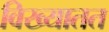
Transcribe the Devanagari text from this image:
विख्यातत